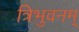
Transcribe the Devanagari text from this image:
त्रिभुवनम्